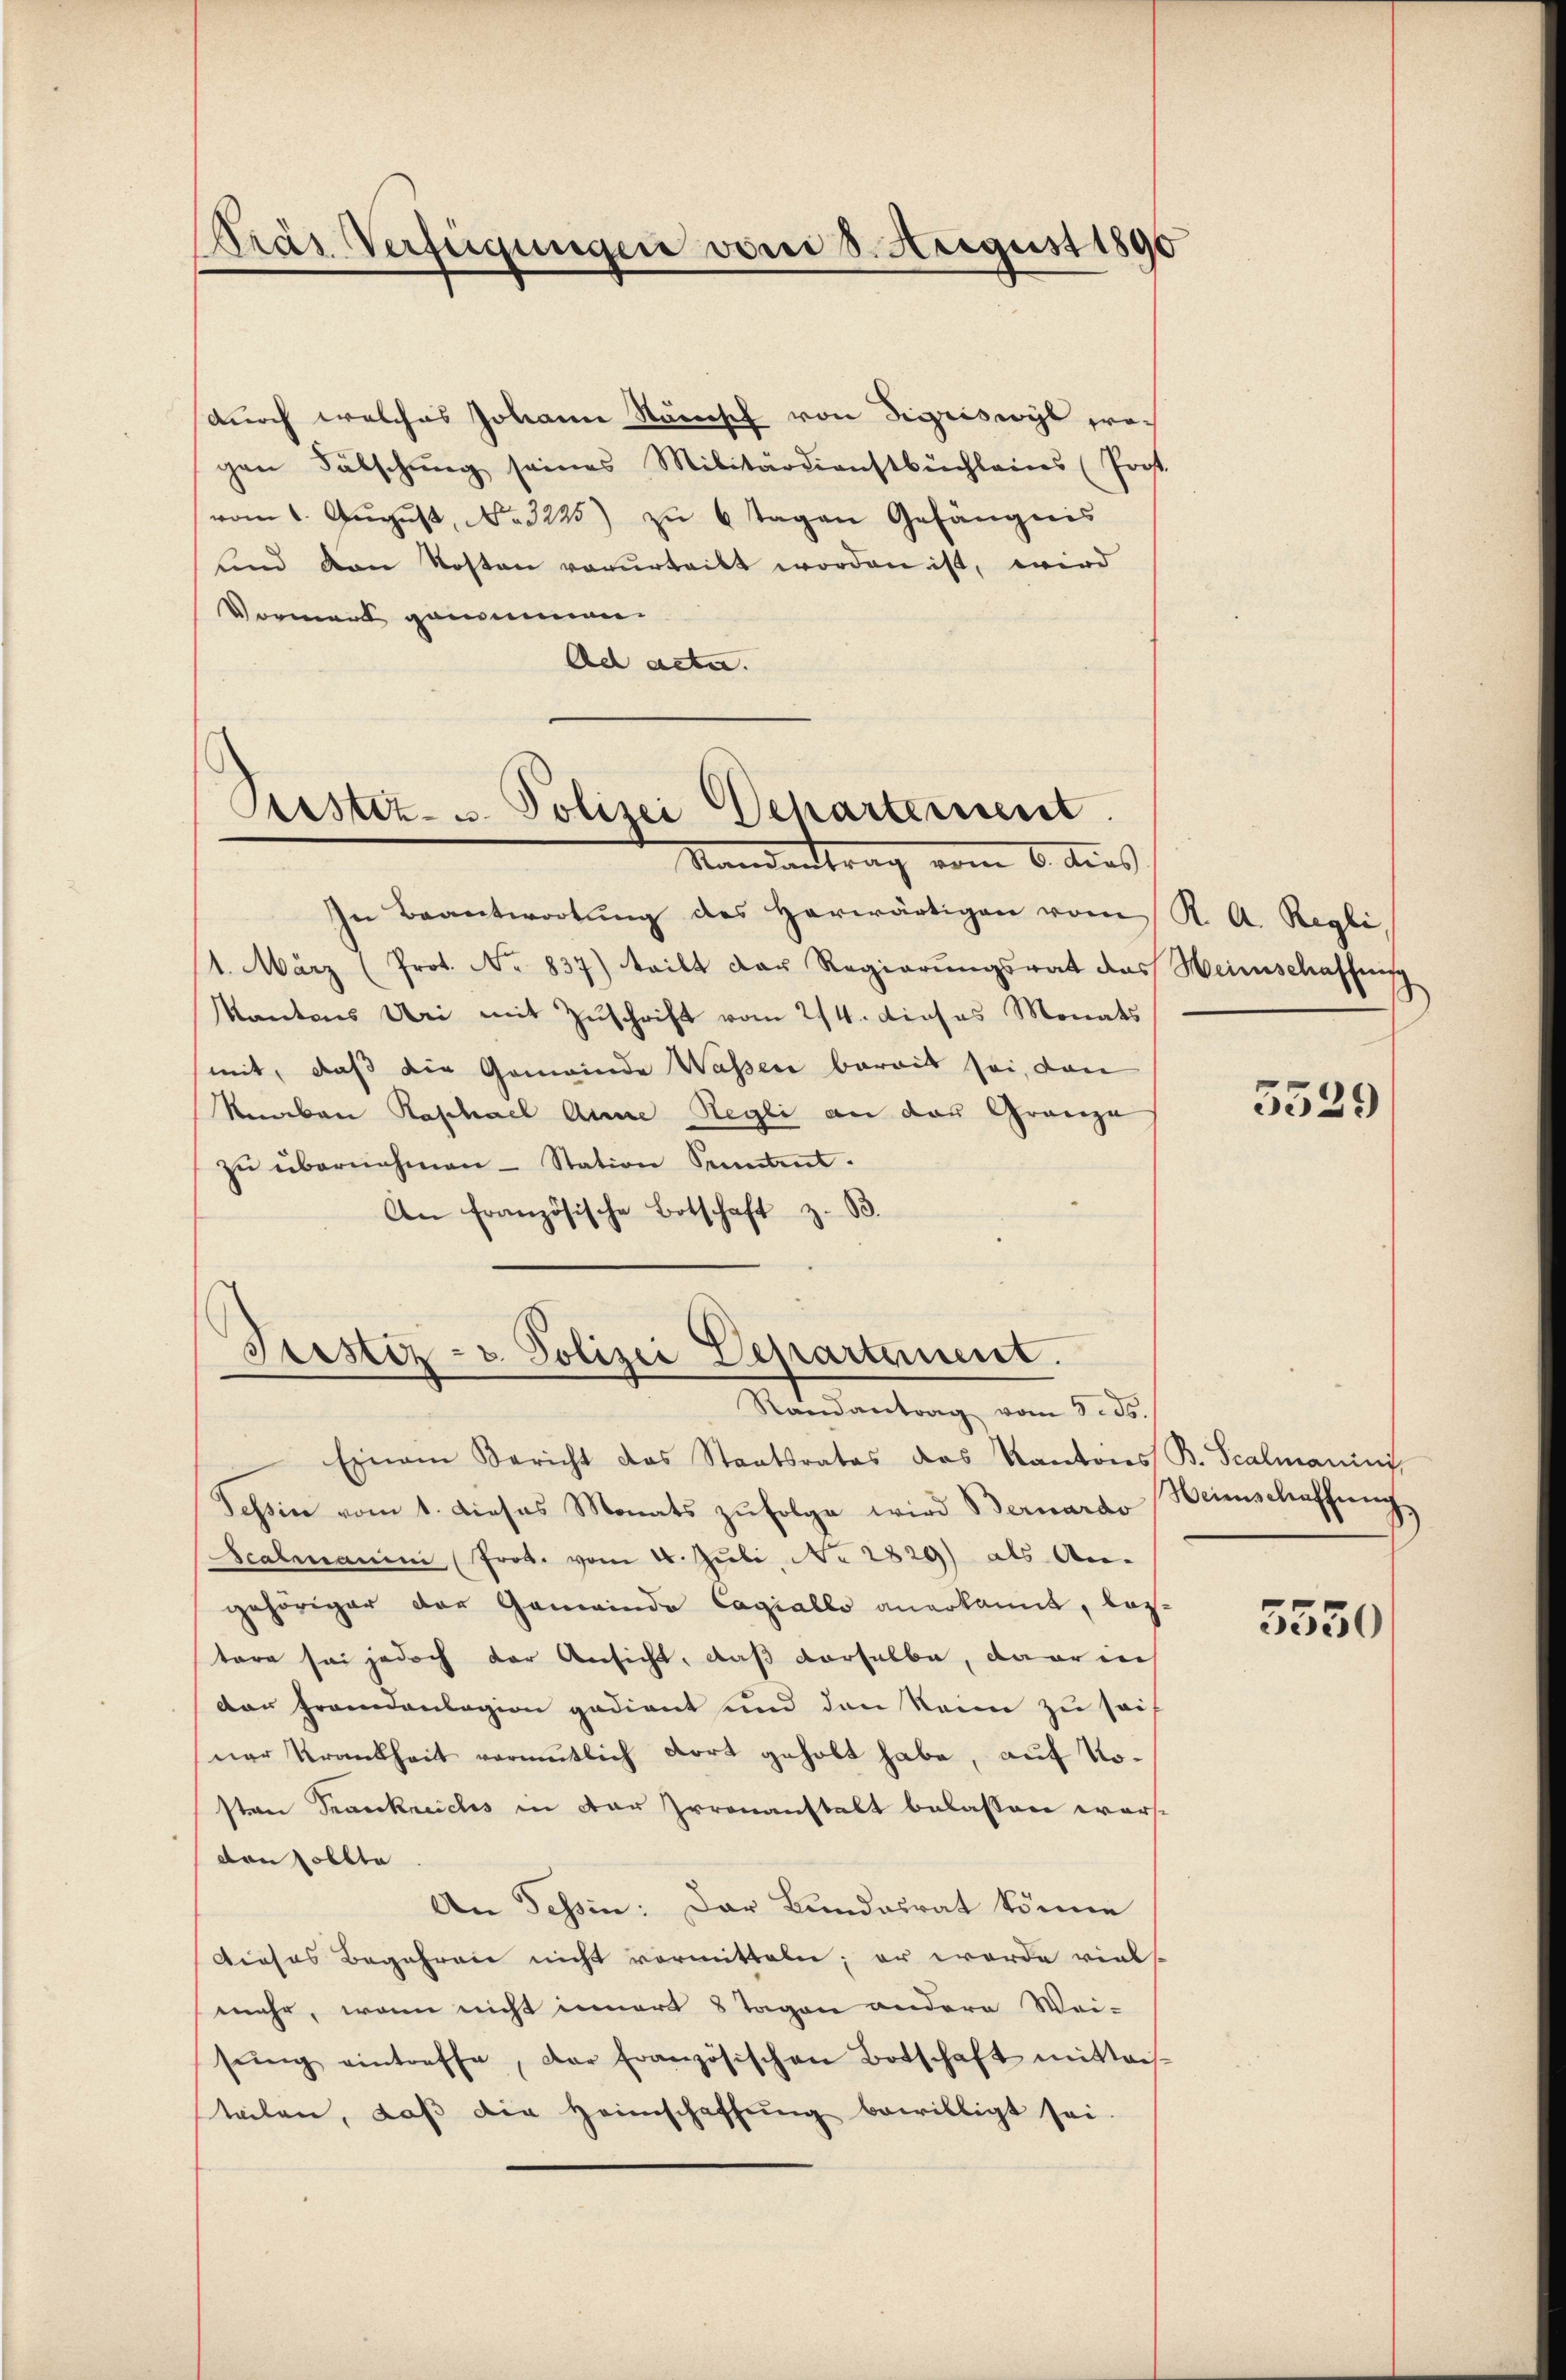
Präs. Verfügungen vom 8. August 1890

durch welches Johanne Ständisch von Sigriswyl poss
gen Fälschung seines Militärdienstbüchleins (Prost.
(vom 1. August, No. 3225) zu 6 Tagen Gefängnis
und von Kosten verurteilt worden ist, wird
Vormerk genommen.
Ad acte.

Astiz- u. Polizei Departement.
Randantrag vom 6. dies

Justiz- u. Polizei Departement.

In Beantwortung des herwärtigen vom K. A. Regli,
1. März (Prot. No 837) teilt der Regierŭngsrat das Weinschaffung
Kantons Uri mit Zuschrift vom 214. dieses Monats
mit, daß die Gemeinde Wassen bereit sei, dann
Knaben Raphael Anne Regli an das Gränze
zŭ übernehmen - Station Sonntent.
An Französische Botschaft z. B.

Randantrag vom 5. ds.
Einem Bericht das Staatsrates das Kantons B. Scalmanns,
Tessin vom 1. dieses Monats zŭfolge wird Bernardo Heimschaffŭng
Scalmanini (Prot. vom 4. Juli, No. 2829) als An-
gehöriger der Gemeinde Cagiallo anerkannt, lastere sei jedoch der Ansicht, daß derselbe, da er ins
der Frandanlagion gedient und den kein zu seif
ner Krankheit vermutlich dort geholt habe, auf Nosten Frankreichs in der Irrenanstalt belassen warsdon sollte
An Tessin: Der Bundesrat könne
Dieses Begehren nicht vormitteln; er werde viels-
mehr, wenn nicht innert 8 Tagen andere Wei-
sŭng eintreffe, der französischen Botschaft mittei-
teilen, daβ die Heimschaffŭng bewilligt sei.

5539

5550